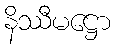
နိဿီမဋ္ဌော